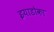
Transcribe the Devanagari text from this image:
इयाडोका